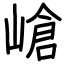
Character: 嵢